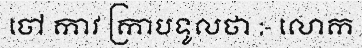
ចៅ កាវ ក្រាបទូលថា :- លោក